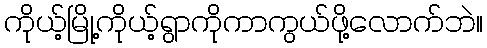
ကိုယ့်မြို့ကိုယ့်ရွာကိုကာကွယ်ဖို့လောက်ဘဲ။